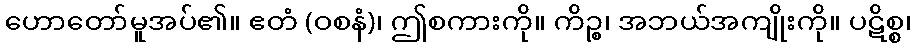
ဟောတော်မူအပ်၏။ ဧတံ (ဝစနံ)၊ ဤစကားကို။ ကိဉ္စ၊ အဘယ်အကျိုးကို။ ပဋိစ္စ၊